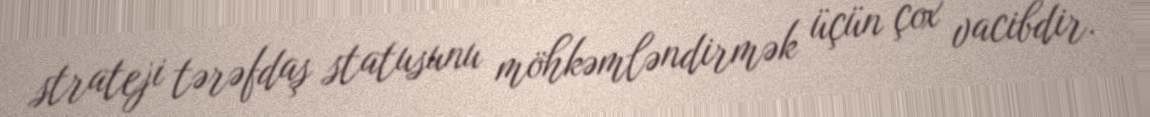
strateji tərəfdaş statusunu möhkəmləndirmək üçün çox vacibdir.